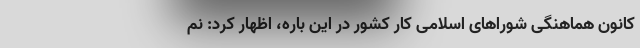
کانون هماهنگی شورا‌های اسلامی کار کشور در این باره، اظهار کرد: نم